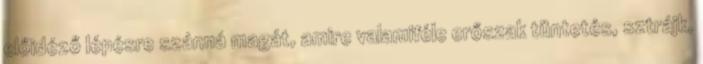
előidéző lépésre szánná magát, amire valamiféle erőszak tüntetés, sztrájk,